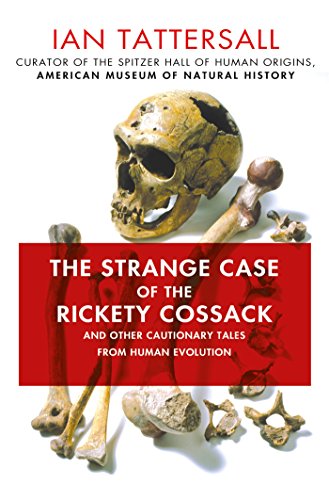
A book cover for The Strange Case of the Rickety Cossack: and Other Cautionary Tales from Human Evolution; Ian Tattersall; Science & Math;